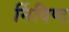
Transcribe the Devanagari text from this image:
र्निदिष्ट